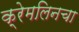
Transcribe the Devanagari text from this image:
क्रेमलिनचा